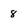
Character: 8